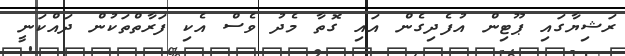
ރަޝިޔާގައި ޕޫޓިން އުފެދިގެން އައި ގޮތާ މެދު ވެސް އެކި ފަރާތްތަކުން ދައްކަނީ